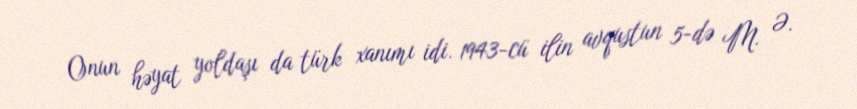
Onun həyat yoldaşı da türk xanımı idi. 1943-cü ilin avqustun 5-də M. Ə.